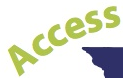
Access